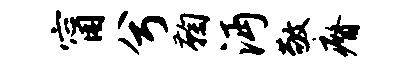
甯兮鞠沔敬瘠